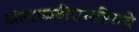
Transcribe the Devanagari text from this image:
अंतराळवीरांसहितचे